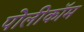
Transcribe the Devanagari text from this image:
पोलीकॉम